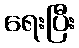
ရေးပြီး